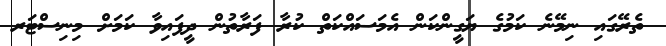
ތެރޭގައި ނިމޭނެ ކަމުގެ ޔަގީންކަން އެމަސައްކަތް ކުރާ ފަރާތުން ދީފައިވާ ކަމަށް މިނިސްޓަރ